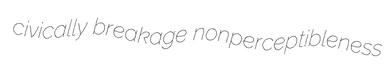
civically breakage nonperceptibleness